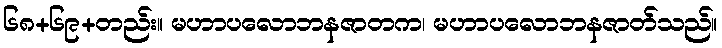
၆၈+၆၉+တည်း။ မဟာပလောဘနဇာတက၊ မဟာပလောဘနဇာတ်သည်။